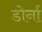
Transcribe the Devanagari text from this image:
डोर्ना